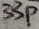
Text: 33p